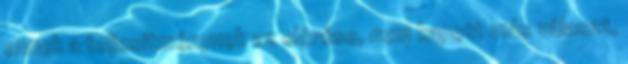
ennek a teljesítménynek az elérése, nem kapott más választ,